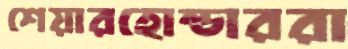
শেয়ারহোল্ডাররা